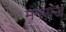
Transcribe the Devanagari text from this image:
मंगराज